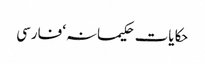
حکایات حکیمانہ‘ فارسی